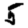
Digit: 5